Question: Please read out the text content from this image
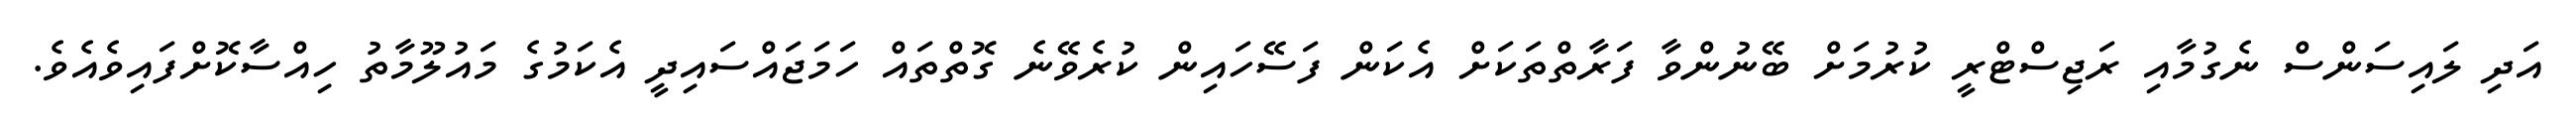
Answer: އަދި ލައިސަންސް ނެގުމާއި ރަޖިސްޓްރީ ކުރުމަށް ބޭނުންވާ ފަރާތްތަކަށް އެކަން ފަސޭހައިން ކުރެވޭނެ ގޮތްތައް ހަމަޖައްސައިދީ އެކަމުގެ މައުލޫމާތު ހިއްސާކޮށްފައިވެއެވެ.